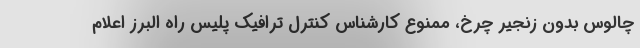
چالوس بدون زنجیر چرخ، ممنوع کارشناس کنترل ترافیک پلیس راه البرز اعلام